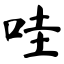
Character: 哇